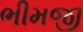
ભીમજી